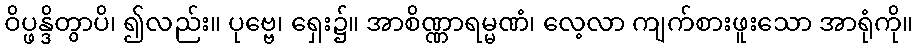
ဝိပ္ဖန္ဒိတွာပိ၊ ၍လည်း။ ပုဗ္ဗေ၊ ရှေး၌။ အာစိဏ္ဏာရမ္မဏံ၊ လေ့လာ ကျက်စားဖူးသော အာရုံကို။